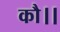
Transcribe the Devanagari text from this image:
कौ।।